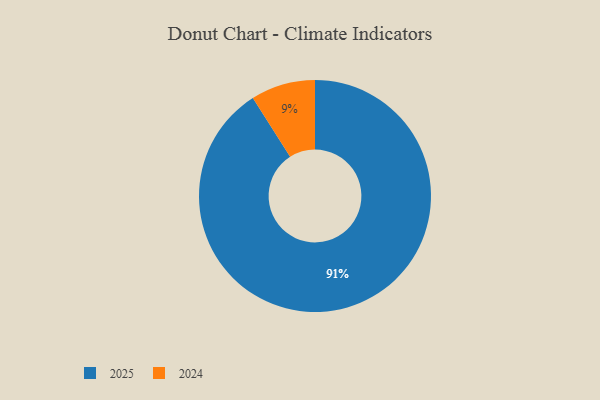
{"axis": {"x": "Category", "y": "Percentage"}, "legend": ["2024", "2025"], "data": [{"x": "2024", "y": 9, "type": "2024"}, {"x": "2025", "y": 91, "type": "2025"}]}